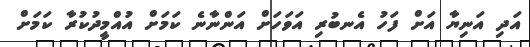
އަދި އަނިޔާ އަށް ފަހު އެނބުރި އަވަހަށް އަންނާނެ ކަމަށް އުއްމީދުކުރާ ކަމަށް